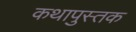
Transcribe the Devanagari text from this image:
कथापुस्तक